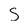
Character: S